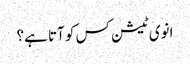
انوی ٹیشن کس کو آتا ہے؟